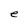
Character: e